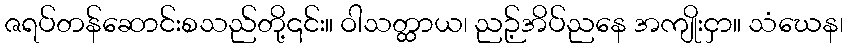
ဇရပ်တန်ဆောင်းစသည်တို့၎င်း။ ဝါသတ္ထာယ၊ ညဉ့်အိပ်ညနေ အကျိုးငှာ။ သံဃေန၊